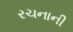
રચનાની